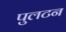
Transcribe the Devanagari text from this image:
पुलटन